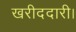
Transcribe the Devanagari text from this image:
खरीददारी।